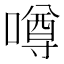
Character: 噂